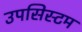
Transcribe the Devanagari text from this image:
उपसिस्टम